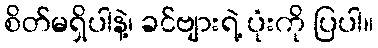
စိတ်မရှိပါနဲ့၊ ခင်ဗျားရဲ့ ပုံးကို ပြပါ။